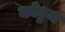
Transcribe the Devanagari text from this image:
कोटुम